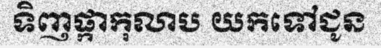
ទិញផ្កាកុលាប យកទៅជូន